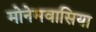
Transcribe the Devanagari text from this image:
मोनेमवासिया